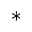
*